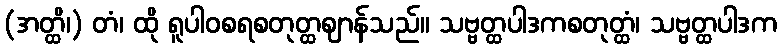
(အတ္ထိ၊) တံ၊ ထို ရူပါဝစရစတုတ္ထဈာန်သည်။ သဗ္ဗတ္ထပါဒကစတုတ္ထံ၊ သဗ္ဗတ္ထပါဒက